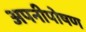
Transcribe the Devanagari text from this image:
अपनीपोषण